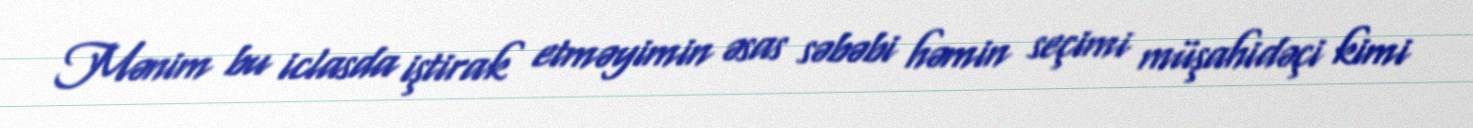
Mənim bu iclasda iştirak etməyimin əsas səbəbi həmin seçimi müşahidəçi kimi